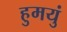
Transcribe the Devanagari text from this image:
हुमयुं